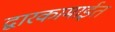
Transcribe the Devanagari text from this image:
द्वारकामाईत